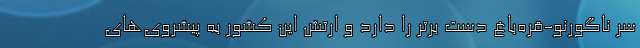
سر ناگورنو-قره‌باغ دست برتر را دارد و ارتش این کشور به پیشروی‌های